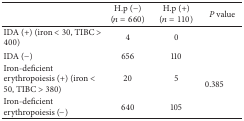
<table><thead><tr><td><b> </b></td><td><b>H.p (−) (<i>n</i> = 660)</b></td><td><b>H.p (+) (<i>n</i> = 110)</b></td><td><b><i>P</i> value</b></td></tr></thead><tbody><tr><td>IDA (+) (iron &lt; 30, TIBC &gt; 400)</td><td>4</td><td>0</td><td> </td></tr><tr><td>IDA (−)</td><td>656</td><td>110</td><td> </td></tr><tr><td>Iron-deficient erythropoiesis (+) (iron &lt; 50, TIBC &gt; 380)</td><td>20</td><td>5</td><td rowspan="2">0.385</td></tr><tr><td>Iron-deficient erythropoiesis (−)</td><td>640</td><td>105</td></tr></tbody></table>